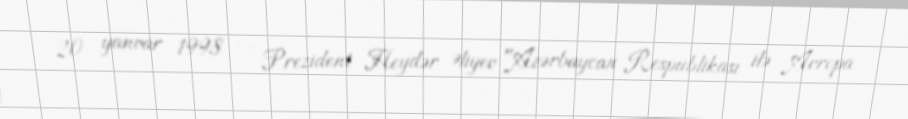
20 yanvar 1998 — Prezident Heydər Əliyev "Azərbaycan Respublikası ilə Avropa